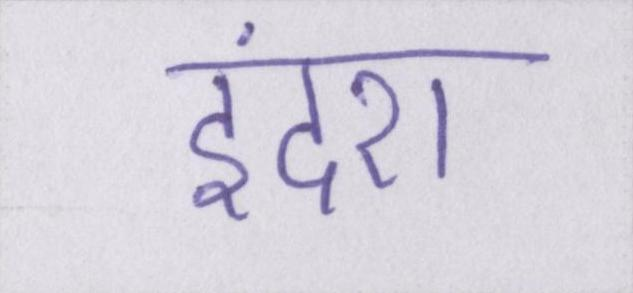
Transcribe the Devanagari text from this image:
इंदरा